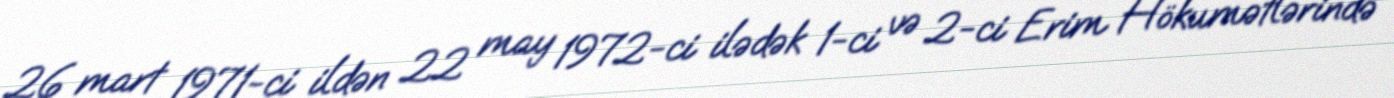
26 mart 1971-ci ildən 22 may 1972-ci ilədək 1-ci və 2-ci Erim Hökumətlərində